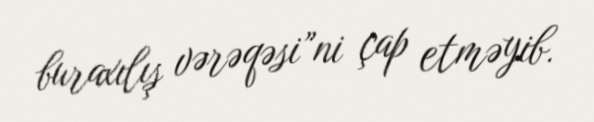
buraxılış vərəqəsi”ni çap etməyib.